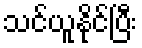
သင်ယူနိုင်ပြီး